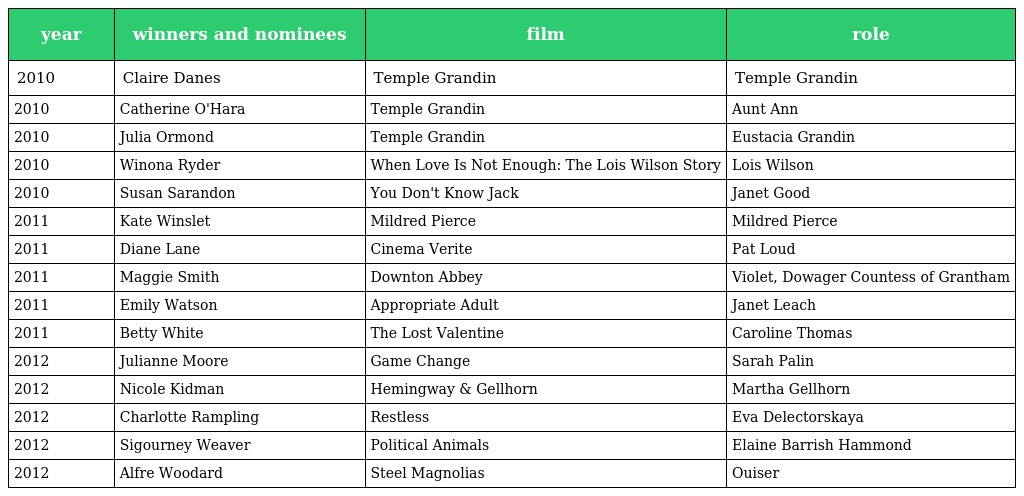
| year | winners and nominees | film | role |
 | --- | --- | --- | --- |
 | 2010 | Claire Danes | Temple Grandin | Temple Grandin |
 | 2010 | Catherine O'Hara | Temple Grandin | Aunt Ann |
 | 2010 | Julia Ormond | Temple Grandin | Eustacia Grandin |
 | 2010 | Winona Ryder | When Love Is Not Enough: The Lois Wilson Story | Lois Wilson |
 | 2010 | Susan Sarandon | You Don't Know Jack | Janet Good |
 | 2011 | Kate Winslet | Mildred Pierce | Mildred Pierce |
 | 2011 | Diane Lane | Cinema Verite | Pat Loud |
 | 2011 | Maggie Smith | Downton Abbey | Violet, Dowager Countess of Grantham |
 | 2011 | Emily Watson | Appropriate Adult | Janet Leach |
 | 2011 | Betty White | The Lost Valentine | Caroline Thomas |
 | 2012 | Julianne Moore | Game Change | Sarah Palin |
 | 2012 | Nicole Kidman | Hemingway & Gellhorn | Martha Gellhorn |
 | 2012 | Charlotte Rampling | Restless | Eva Delectorskaya |
 | 2012 | Sigourney Weaver | Political Animals | Elaine Barrish Hammond |
 | 2012 | Alfre Woodard | Steel Magnolias | Ouiser |